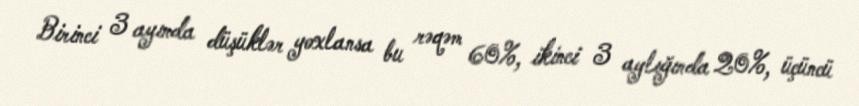
Birinci 3 ayında düşüklər yoxlansa bu rəqəm 60%, ikinci 3 aylığında 20%, üçüncü